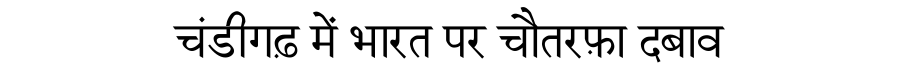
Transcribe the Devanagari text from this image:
चंडीगढ़ में भारत पर चौतरफ़ा दबाव